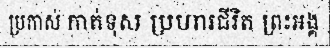
ប្រកាស់ កាត់ទុស ប្រហារជីវិត ព្រះអង្គ